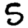
Digit: 5